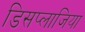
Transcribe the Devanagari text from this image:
डिसप्लाजिया